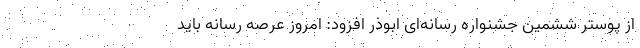
از پوستر ششمین جشنواره رسانه‌ای ابوذر افزود: امروز عرصه رسانه باید